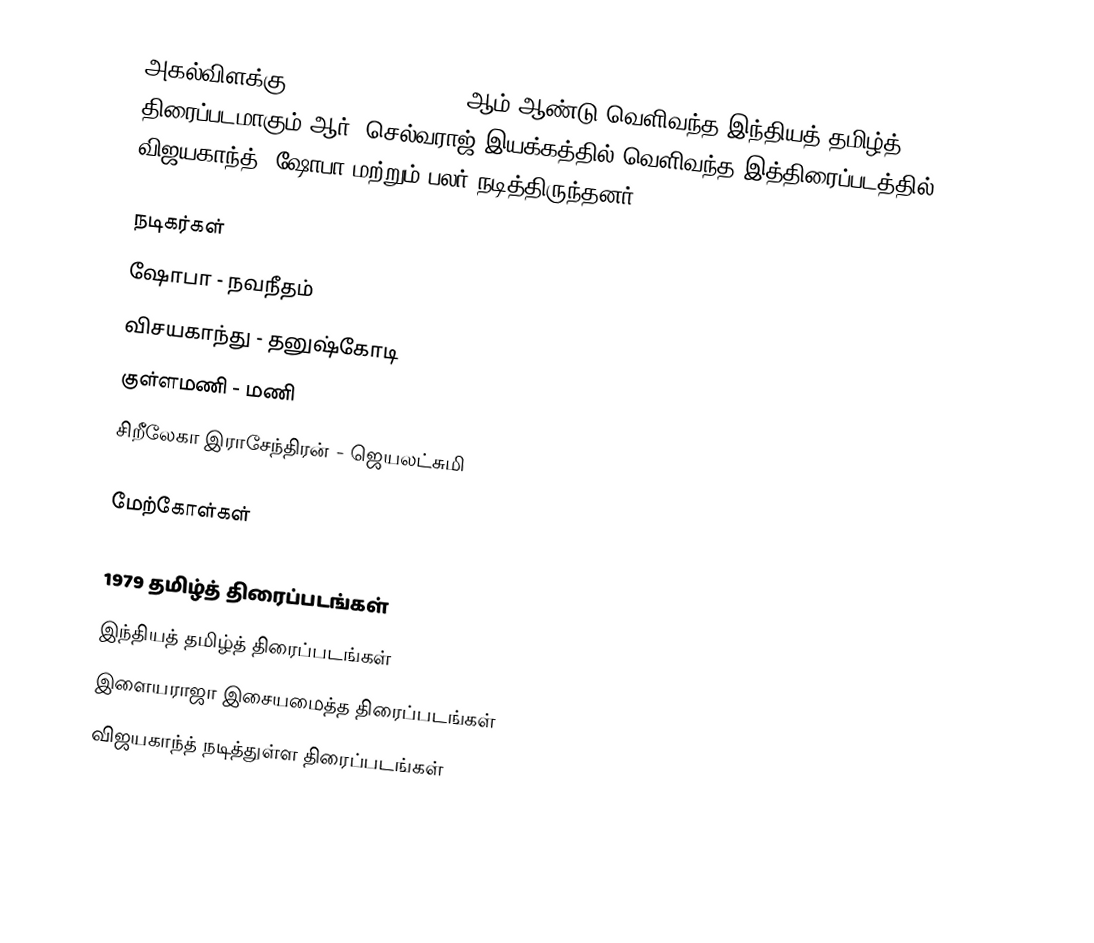
அகல்விளக்கு (Agal Vilakku) 1979 ஆம் ஆண்டு வெளிவந்த இந்தியத் தமிழ்த் திரைப்படமாகும்.ஆர். செல்வராஜ் இயக்கத்தில் வெளிவந்த இத்திரைப்படத்தில் விஜயகாந்த், ஷோபா மற்றும் பலர் நடித்திருந்தனர்.

நடிகர்கள்
ஷோபா - நவநீதம்
விசயகாந்து - தனுஷ்கோடி
குள்ளமணி - மணி
சிறீலேகா இராசேந்திரன் - ஜெயலட்சுமி

மேற்கோள்கள்

1979 தமிழ்த் திரைப்படங்கள்
இந்தியத் தமிழ்த் திரைப்படங்கள்
இளையராஜா இசையமைத்த திரைப்படங்கள்
விஜயகாந்த் நடித்துள்ள திரைப்படங்கள்